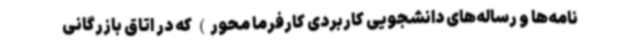
نامه‌ها و رساله‌های دانشجویی کاربردی کارفرما محور) که در اتاق بازرگانی